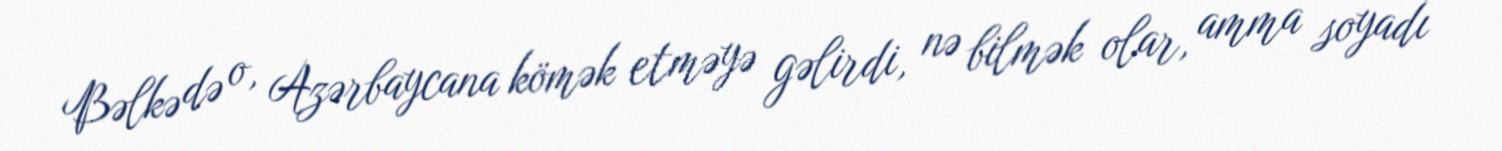
Bəlkə də o, Azərbaycana kömək etməyə gəlirdi, nə bilmək olar, amma soyadı